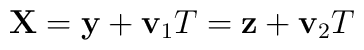
{\bf X}={\bf y}+{\bf v}_{1}T={\bf z}+{\bf v}_{2}T